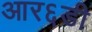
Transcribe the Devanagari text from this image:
आर६डी